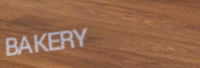
BAKERY